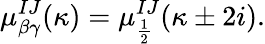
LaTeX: \mu_{\beta\gamma}^{IJ}(\kappa)=\mu_{\frac 12}^{IJ}(\kappa\pm 2i).